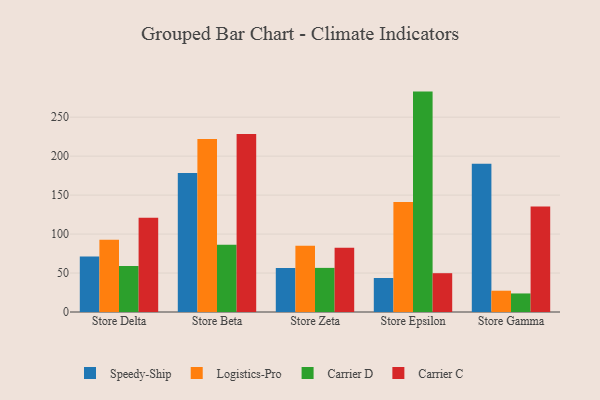
{"axis": {"x": "Store", "y": "Inventory Turnover"}, "legend": ["Carrier C", "Carrier D", "Logistics-Pro", "Speedy-Ship"], "data": [{"x": "Store Delta", "y": 71.2, "type": "Speedy-Ship"}, {"x": "Store Delta", "y": 92.6, "type": "Logistics-Pro"}, {"x": "Store Delta", "y": 59.0, "type": "Carrier D"}, {"x": "Store Delta", "y": 120.8, "type": "Carrier C"}, {"x": "Store Beta", "y": 178.2, "type": "Speedy-Ship"}, {"x": "Store Beta", "y": 222.1, "type": "Logistics-Pro"}, {"x": "Store Beta", "y": 86.4, "type": "Carrier D"}, {"x": "Store Beta", "y": 228.3, "type": "Carrier C"}, {"x": "Store Zeta", "y": 56.5, "type": "Speedy-Ship"}, {"x": "Store Zeta", "y": 84.9, "type": "Logistics-Pro"}, {"x": "Store Zeta", "y": 56.6, "type": "Carrier D"}, {"x": "Store Zeta", "y": 82.5, "type": "Carrier C"}, {"x": "Store Epsilon", "y": 43.6, "type": "Speedy-Ship"}, {"x": "Store Epsilon", "y": 141.0, "type": "Logistics-Pro"}, {"x": "Store Epsilon", "y": 282.8, "type": "Carrier D"}, {"x": "Store Epsilon", "y": 49.8, "type": "Carrier C"}, {"x": "Store Gamma", "y": 190.1, "type": "Speedy-Ship"}, {"x": "Store Gamma", "y": 27.3, "type": "Logistics-Pro"}, {"x": "Store Gamma", "y": 23.8, "type": "Carrier D"}, {"x": "Store Gamma", "y": 135.3, "type": "Carrier C"}]}